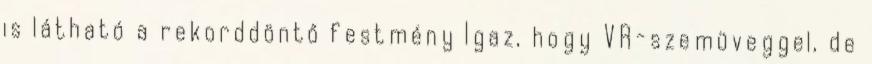
is látható a rekorddöntő festmény Igaz, hogy VR-szemüveggel, de